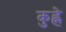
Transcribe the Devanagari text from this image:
कुह्ने